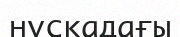
нұсқадағы